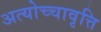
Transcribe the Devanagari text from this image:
अत्योच्चावृत्ति